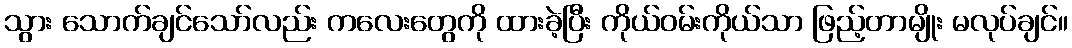
သွား သောက်ချင်သော်လည်း ကလေးတွေကို ထားခဲ့ပြီး ကိုယ်ဝမ်းကိုယ်သာ ဖြည့်တာမျိုး မလုပ်ချင်။